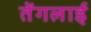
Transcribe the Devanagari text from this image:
तेंगलाई